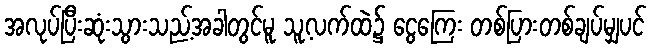
အလုပ်ပြီးဆုံးသွားသည့်အခါတွင်မူ သူ့လက်ထဲ၌ ငွေကြေး တစ်ပြားတစ်ချပ်မျှပင်